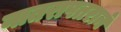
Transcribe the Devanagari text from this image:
नातरापतरानं